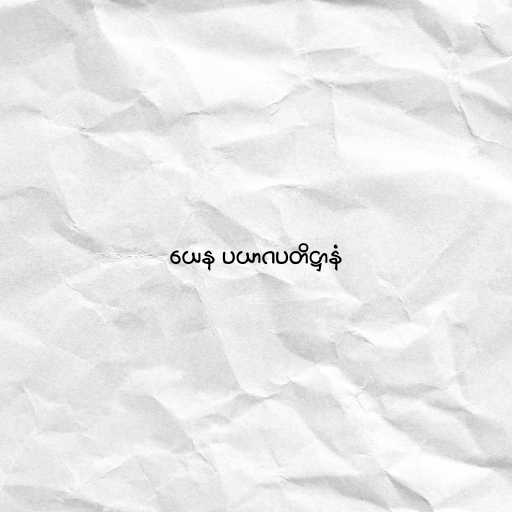
ယေန ပယာဂပတိဋ္ဌာနံ